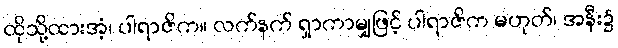
ထိုသို့ထားအံ့၊ ပါရာဇိက။ လက်နက် ရှာကာမျှဖြင့် ပါရာဇိက မဟုတ်၊ အနီး၌